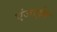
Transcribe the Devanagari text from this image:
एंजाईम